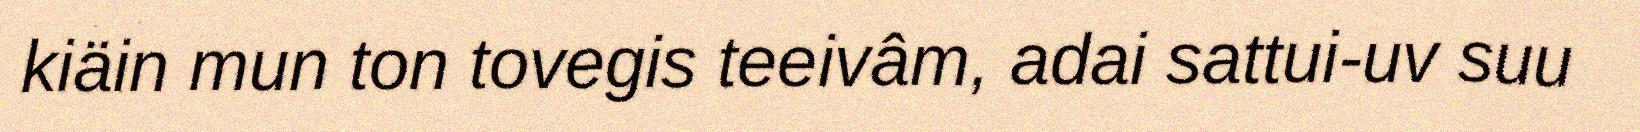
kiäin mun ton tovegis teeivâm, adai sattui-uv suu